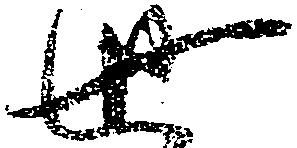
世